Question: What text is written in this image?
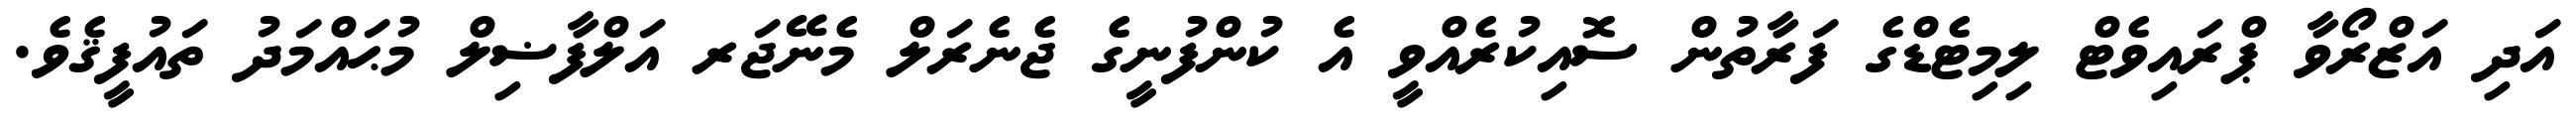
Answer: އަދި އަޒްރޯވާ ޕްރައިވެޓް ލިމިޓެޑްގެ ފަރާތުން ސޮއިކުރެއްވީ އެ ކުންފުނީގެ ޖެނެރަލް މެނޭޖަރ އަލްފާޟިލް މުޙައްމަދު ތައުފީޤެވެ.